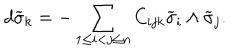
LaTeX: d \widetilde { \sigma } _ { k } = - \sum _ { 1 \leq i < j \leq n } C _ { i j k } \widetilde { \sigma } _ { i } \wedge \widetilde { \sigma } _ { j } .